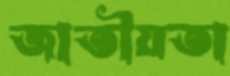
জাতীয়তা